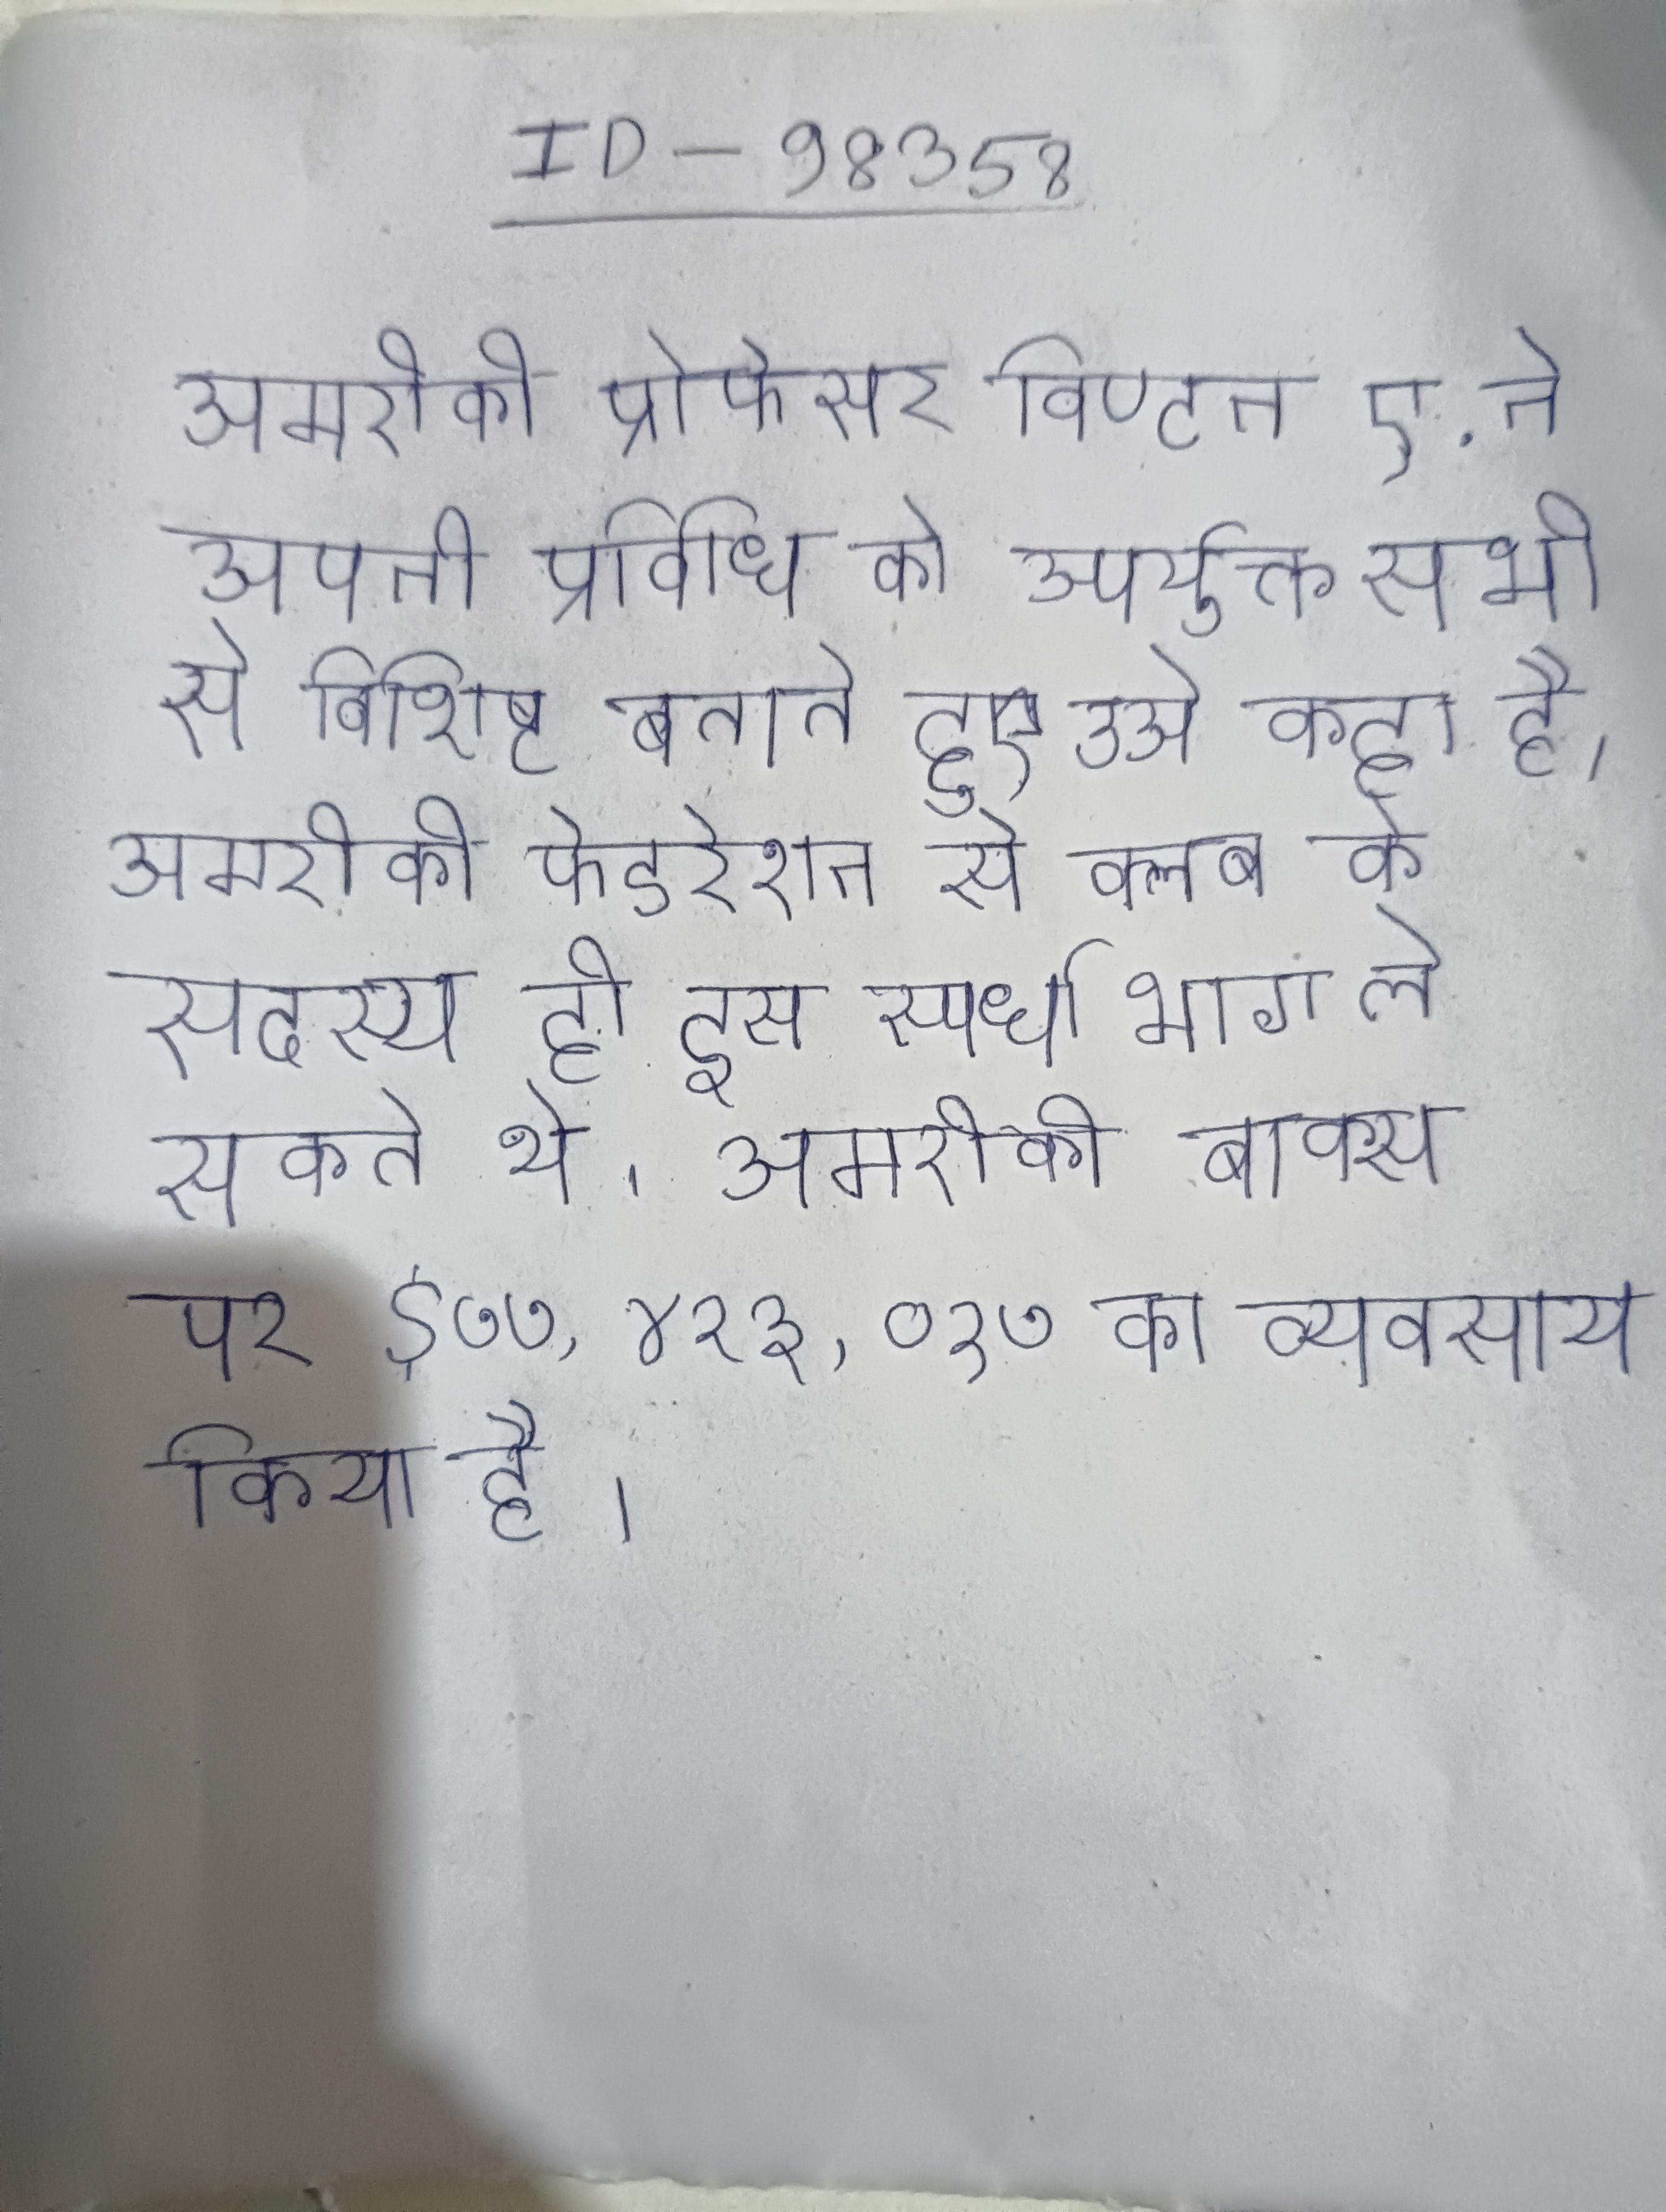
अमरीकी प्रोफेसर विण्टन ए. ने अपनी प्रविधि को उपर्युक्त सभी से विशिष्ट बताते हुए उसे कहा है । अमरीकी फेडरेशन से क्लब के सदस्य ही इस स्पर्धा भाग ले सकते थे । अमरीकी बाक्स पर $७७,४१३,०१७ का व्यवसाय किया है ।